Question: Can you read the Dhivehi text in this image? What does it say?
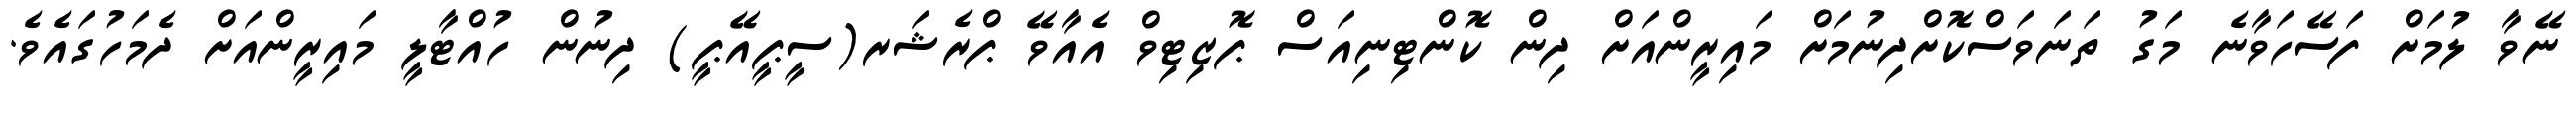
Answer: ނޭވާ ލުމަށް ފަސޭހަވާނެ މަގު ތަނަވަސްކޮށްދިނުމަށް މައިރީންއަށް ދިން ކޮންޓިނިއަސް ޕޮޒިޓިވް އެއާވޭ ޕްރެޝަރ(ސީޕީއޭޕީ) ދިނުން ހުއްޓާލީ މައިރީންއަށް ދެމަހުގައެވެ.